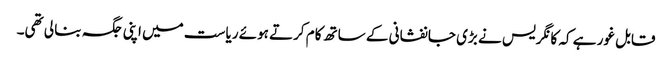
قابل غور ہے کہ کانگریس نے بڑی جانفشانی کے ساتھ کام کرتے ہوئے ریاست میں اپنی جگہ بنا لی تھی۔